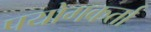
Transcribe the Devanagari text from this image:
पयोगकर्ता